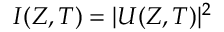
I ( Z , T ) = | U ( Z , T ) | ^ { 2 }